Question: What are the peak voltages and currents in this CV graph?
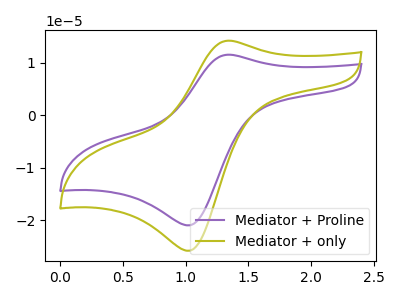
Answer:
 <answer>The purple curve "Mediator + Proline" has an anodic peak at (1.35V, 11.55uA) and a cathodic peak at (1.05V, -20.95uA). The olive curve "Mediator + only" has an anodic peak at (1.35V, 14.25uA) and a cathodic peak at (1.05V, -25.80uA).</answer>
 <eval></eval>